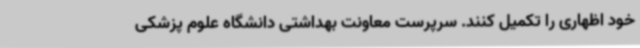
خود اظهاری را تکمیل کنند. سرپرست معاونت بهداشتی دانشگاه علوم پزشکی